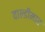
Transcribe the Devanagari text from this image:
वाल्डीमार